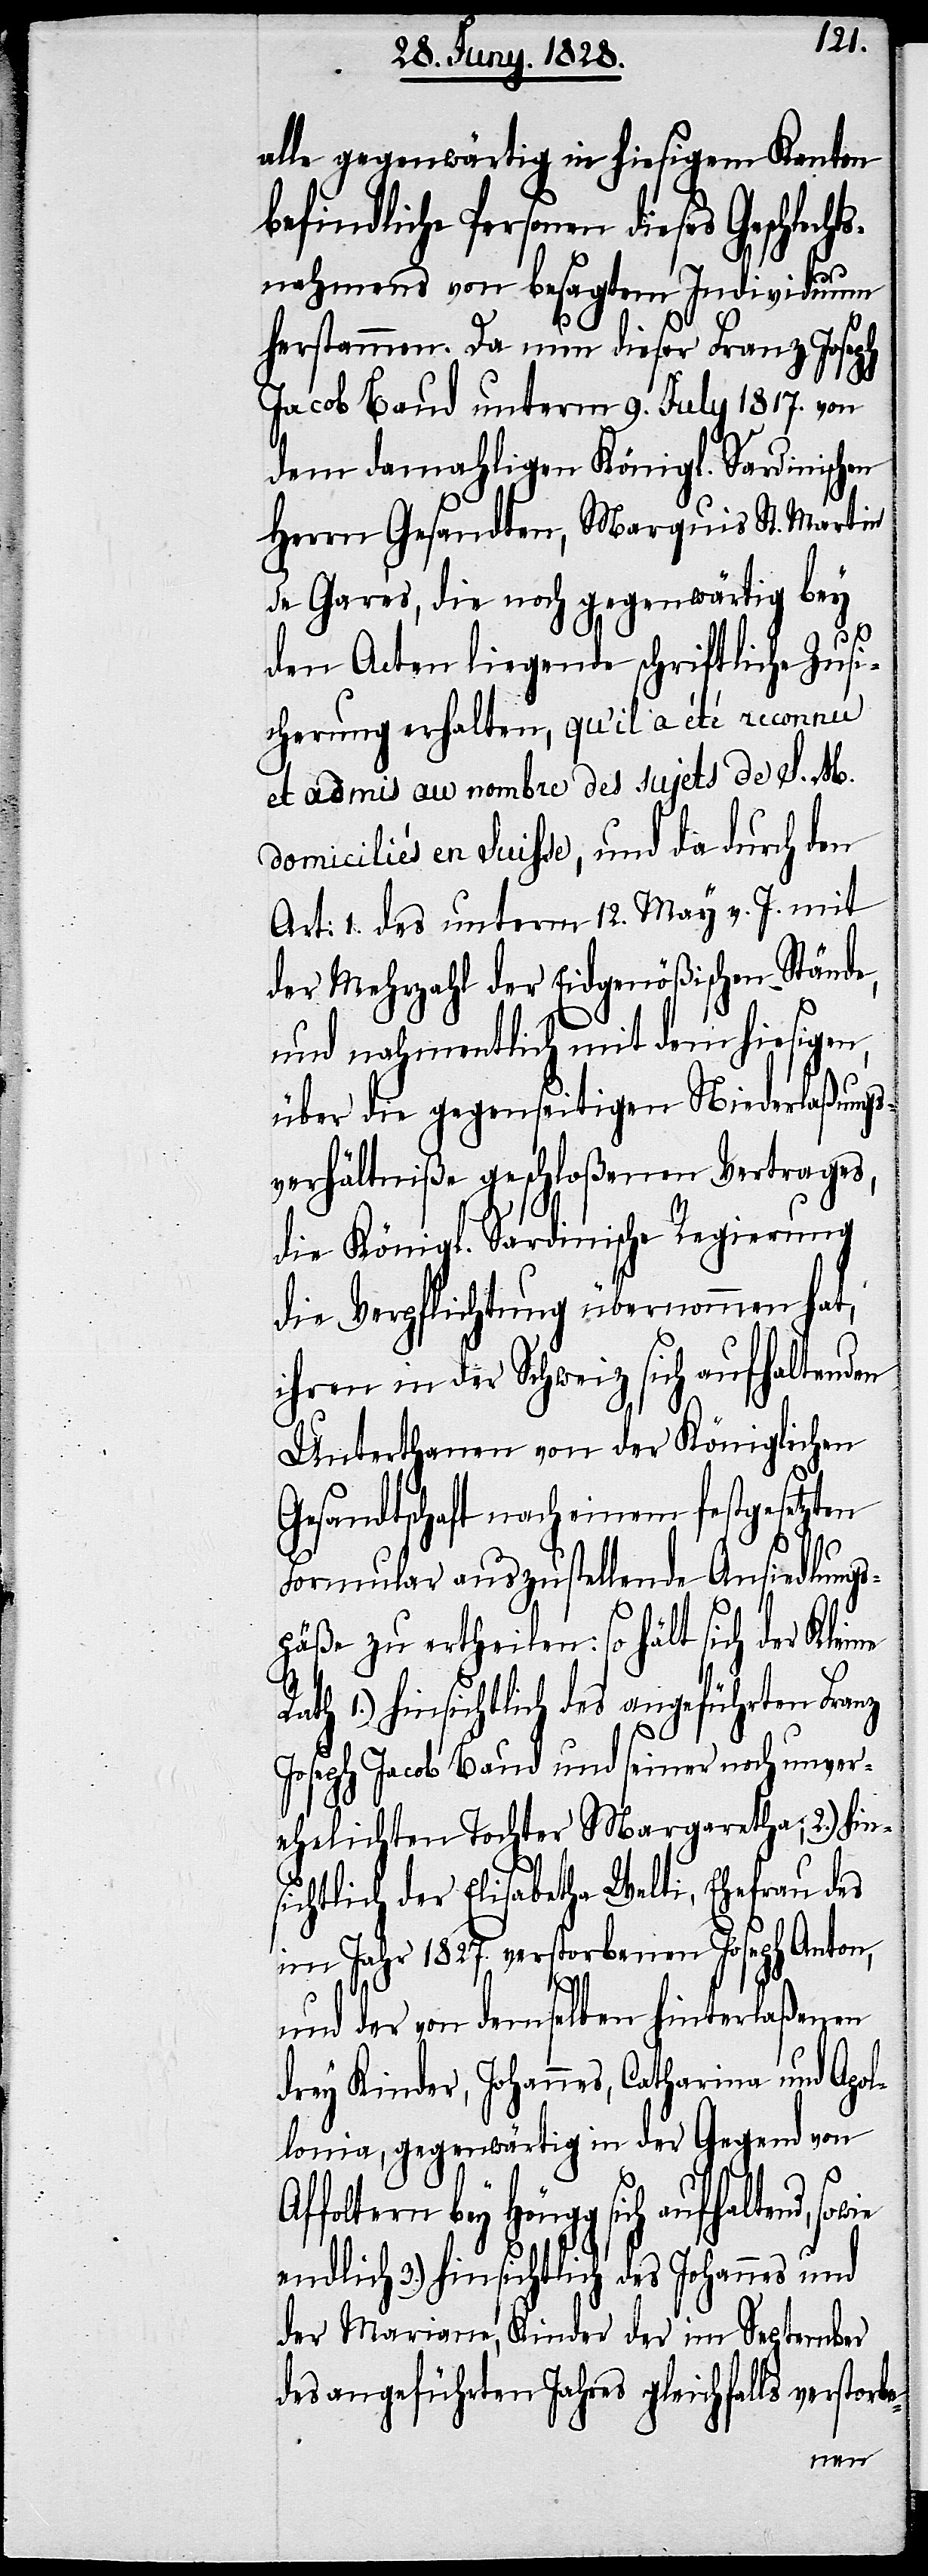
alle gegenwärtig in hiesigem Kanton
befindliche Personen dieses Geschlech¬
tsnahmens von besagtem Individuum
herstammen. Da nun dieser Franz Joseph
Jacob Baud unterm 9. July 1817. von
dem damahligen Königl. Sardinischen
Herrn Gesandten, Marquis St. Martin
de Gares, die noch gegenwärtig bey
den Acten liegende schriftliche Zusi¬
cherung erhalten, qu’il a été reconnu
et admis au nombre des sujets de S. M.
domiciliés en Suisse, und da durch den
Art: 1. des unterm 12. May v. J. mit
der Mehrzahl der Eidgenößischen Stände,
und nahmentlich mit dem hiesigen,
über die gegenseitige Niederlaßungs¬
verhältniße geschloßenen Vertrages,
die Königl. Sardinische Regierung
die Verpflichtung übernommen hat,
ihren in der Schweiz sich aufhaltenden
Unterthanen von der Königlichen
Gesandtschaft nach einem festgesetzten
Formular auszustellende Ansiedlungs¬
päße zu ertheilen: so hält sich der Kle¬
hinsichtlich des angeführten Franz
Joseph Jacob Baud und seiner noch unver¬
ehelichten Tochter Margaretha; 2.) hin¬
sichtlich der Elisabetha Welti, Ehefrau des
im Jahr 1827. verstorbenen Joseph Anton,
be-
und der von demselben hinterlaßenen
drey Kinder, Johannes, Catharina und Apol¬
lonia, gegenwärtig in der Gegend von
bey Höngg sich aufhaltend,
endlich 3.) hinsichtlich des Johannes und
der Mariane, Kinder der im September
des angeführten Jahres gleichfalls verstor¬
ine